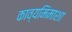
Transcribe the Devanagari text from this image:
काव्यमिंमाशा